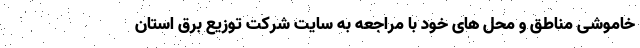
خاموشی مناطق و محل های خود با مراجعه به سایت شرکت توزیع برق استان